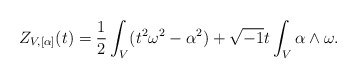
\begin{align*}Z_{V,[\alpha]}(t) = \frac{1}{2}\int_{V}(t^{2}\omega^{2}-\alpha^{2})+\sqrt{-1}t\int_{V}\alpha\wedge\omega.\end{align*}